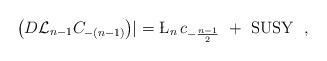
LaTeX: \begin{align*}\left( D {\cal L} _{n-1} C_{-(n-1)} \right) \! \! \mid \ = \L_n \, c_{-\frac{n-1}{2}} \ + \ {\rm SUSY}\ \ ,\end{align*}